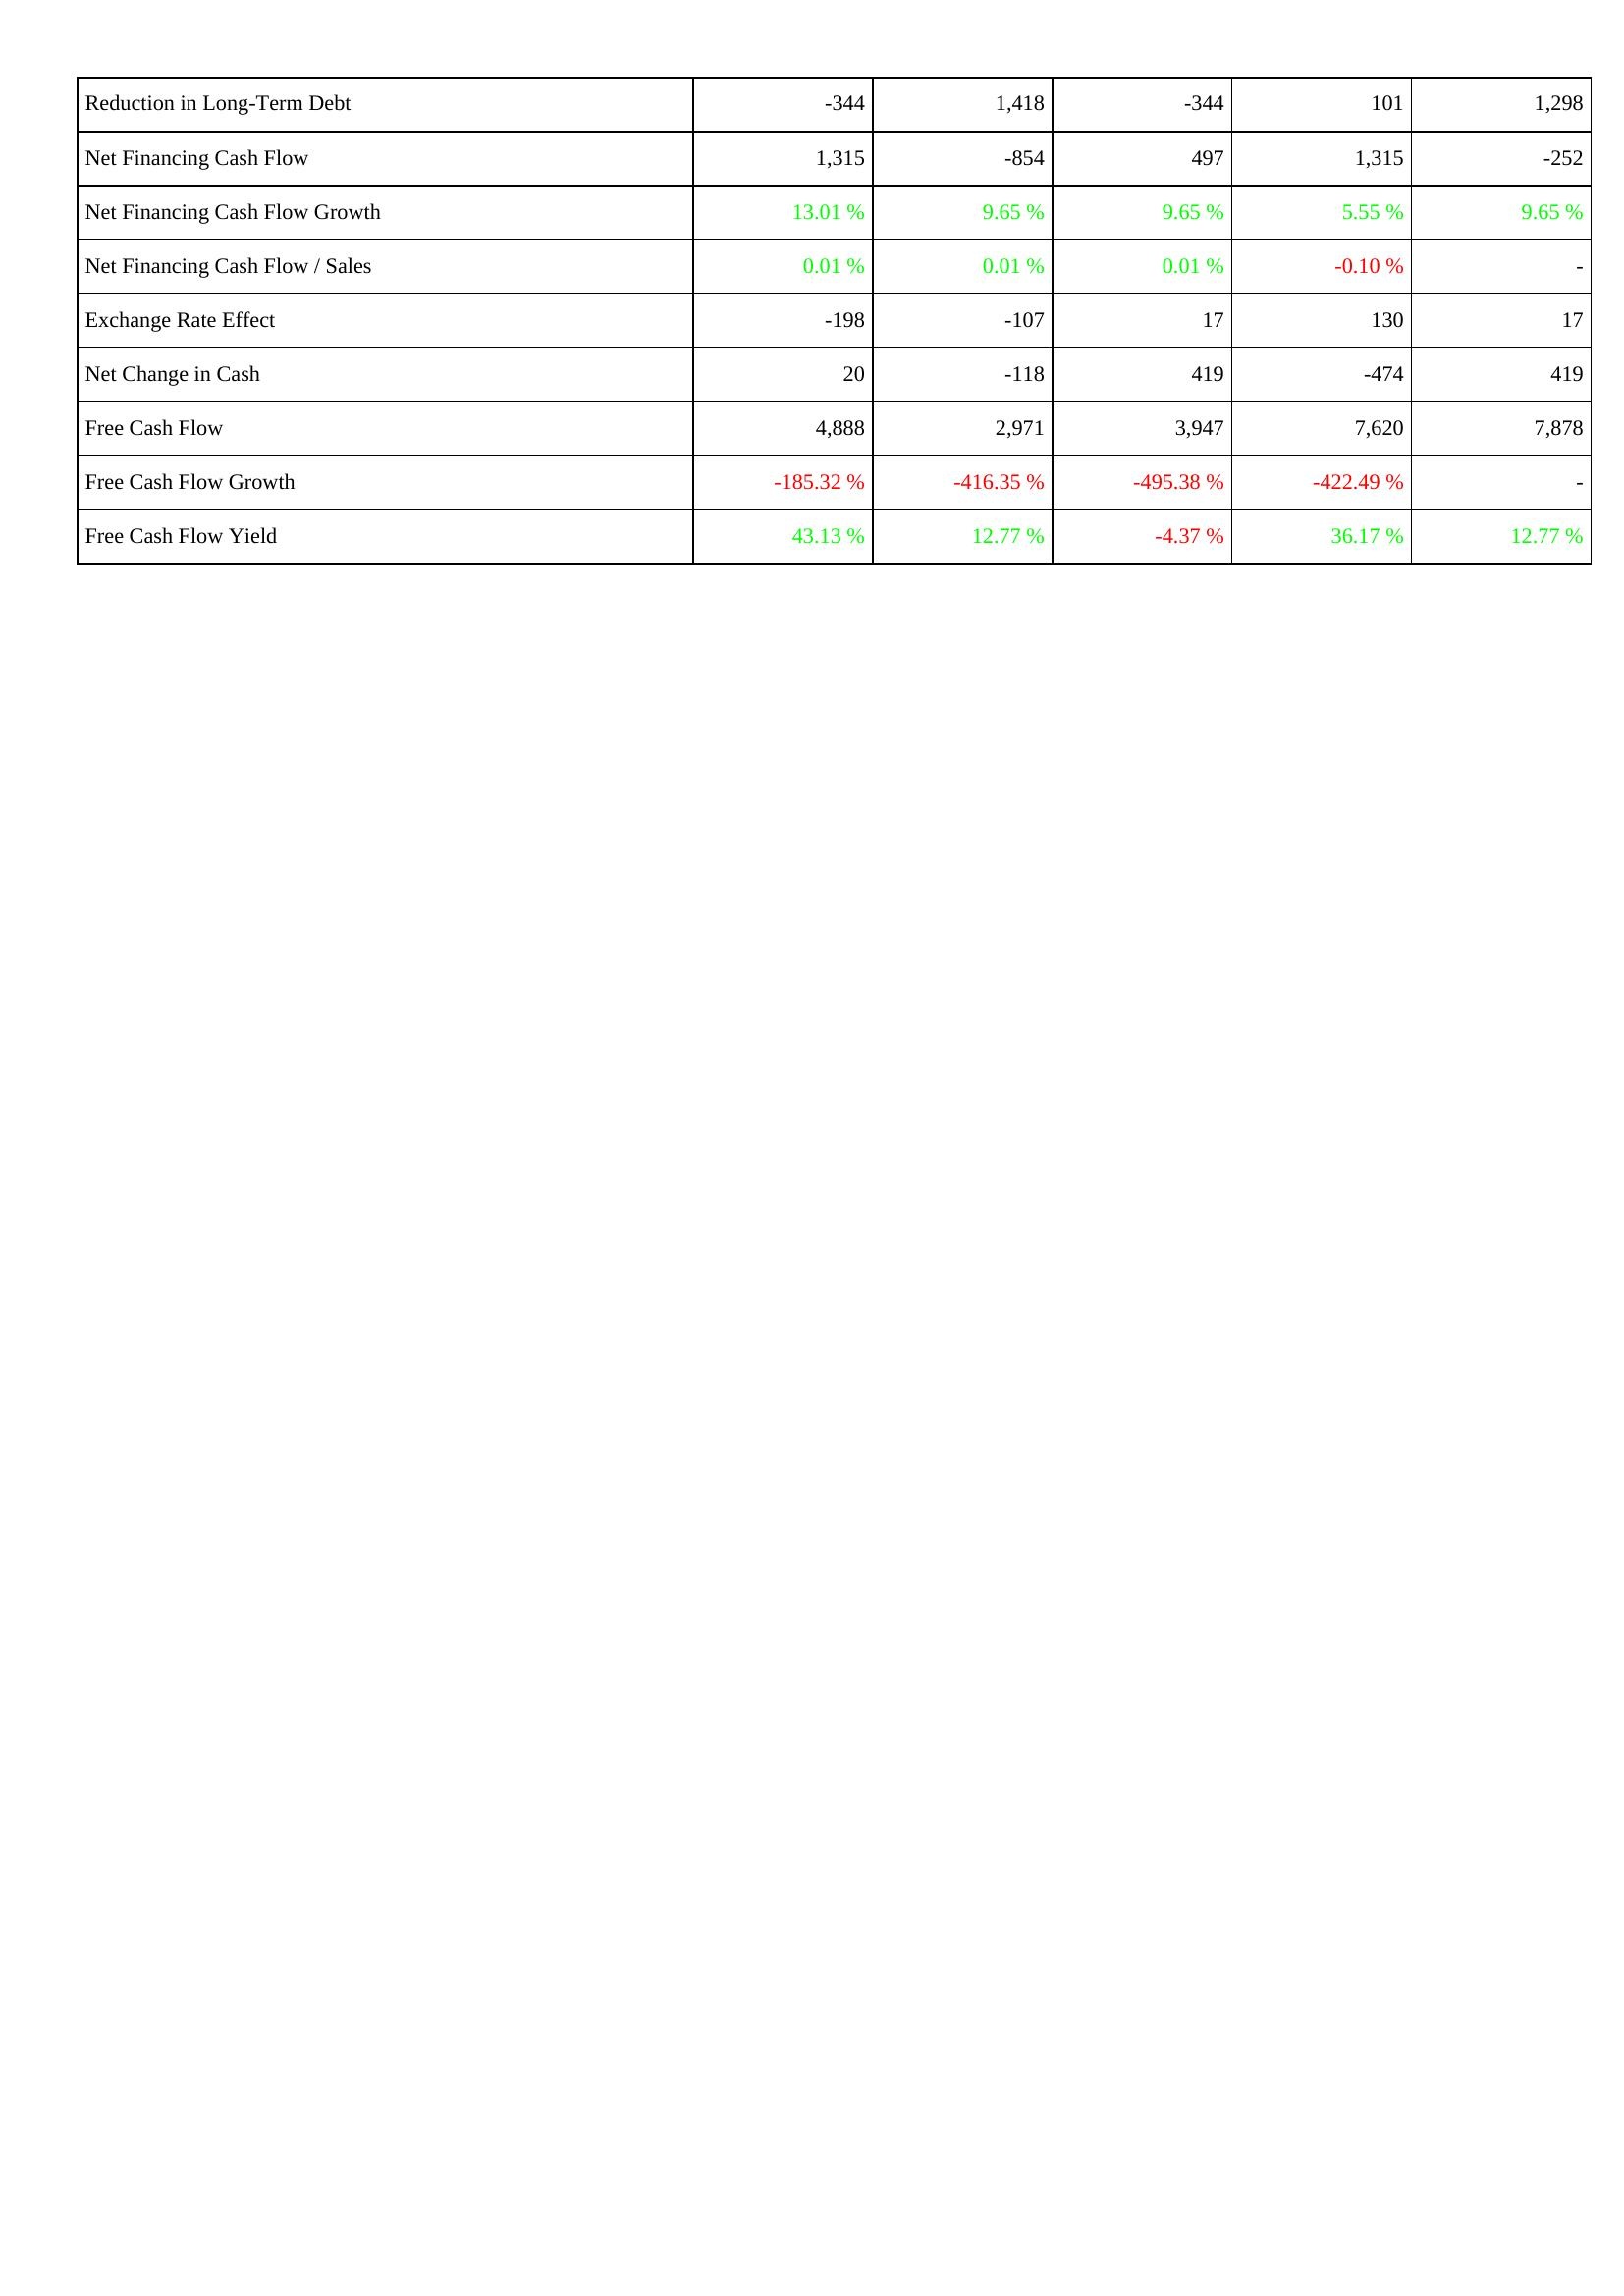
2008: Financing Activities: Reduction in Long-Term Debt: -344
Net Financing Cash Flow: 1,315
Net Financing Cash Flow Growth: 13.01 %
Net Financing Cash Flow / Sales: 0.01 %
Exchange Rate Effect: -198
Net Change in Cash: 20
Free Cash Flow: 4,888
Free Cash Flow Growth: -185.32 %
Free Cash Flow Yield: 43.13 %
2009: Financing Activities: Reduction in Long-Term Debt: 1,418
Net Financing Cash Flow: -854
Net Financing Cash Flow Growth: 9.65 %
Net Financing Cash Flow / Sales: 0.01 %
Exchange Rate Effect: -107
Net Change in Cash: -118
Free Cash Flow: 2,971
Free Cash Flow Growth: -416.35 %
Free Cash Flow Yield: 12.77 %
2010: Financing Activities: Reduction in Long-Term Debt: -344
Net Financing Cash Flow: 497
Net Financing Cash Flow Growth: 9.65 %
Net Financing Cash Flow / Sales: 0.01 %
Exchange Rate Effect: 17
Net Change in Cash: 419
Free Cash Flow: 3,947
Free Cash Flow Growth: -495.38 %
Free Cash Flow Yield: -4.37 %
2011: Financing Activities: Reduction in Long-Term Debt: 101
Net Financing Cash Flow: 1,315
Net Financing Cash Flow Growth: 5.55 %
Net Financing Cash Flow / Sales: -0.10 %
Exchange Rate Effect: 130
Net Change in Cash: -474
Free Cash Flow: 7,620
Free Cash Flow Growth: -422.49 %
Free Cash Flow Yield: 36.17 %
2012: Financing Activities: Reduction in Long-Term Debt: 1,298
Net Financing Cash Flow: -252
Net Financing Cash Flow Growth: 9.65 %
Net Financing Cash Flow / Sales: -
Exchange Rate Effect: 17
Net Change in Cash: 419
Free Cash Flow: 7,878
Free Cash Flow Growth: -
Free Cash Flow Yield: 12.77 %